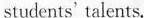
students'talents.